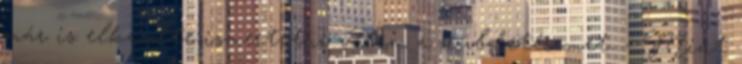
már is elkezdte ismertetni velem a küldetésemet. - Mint